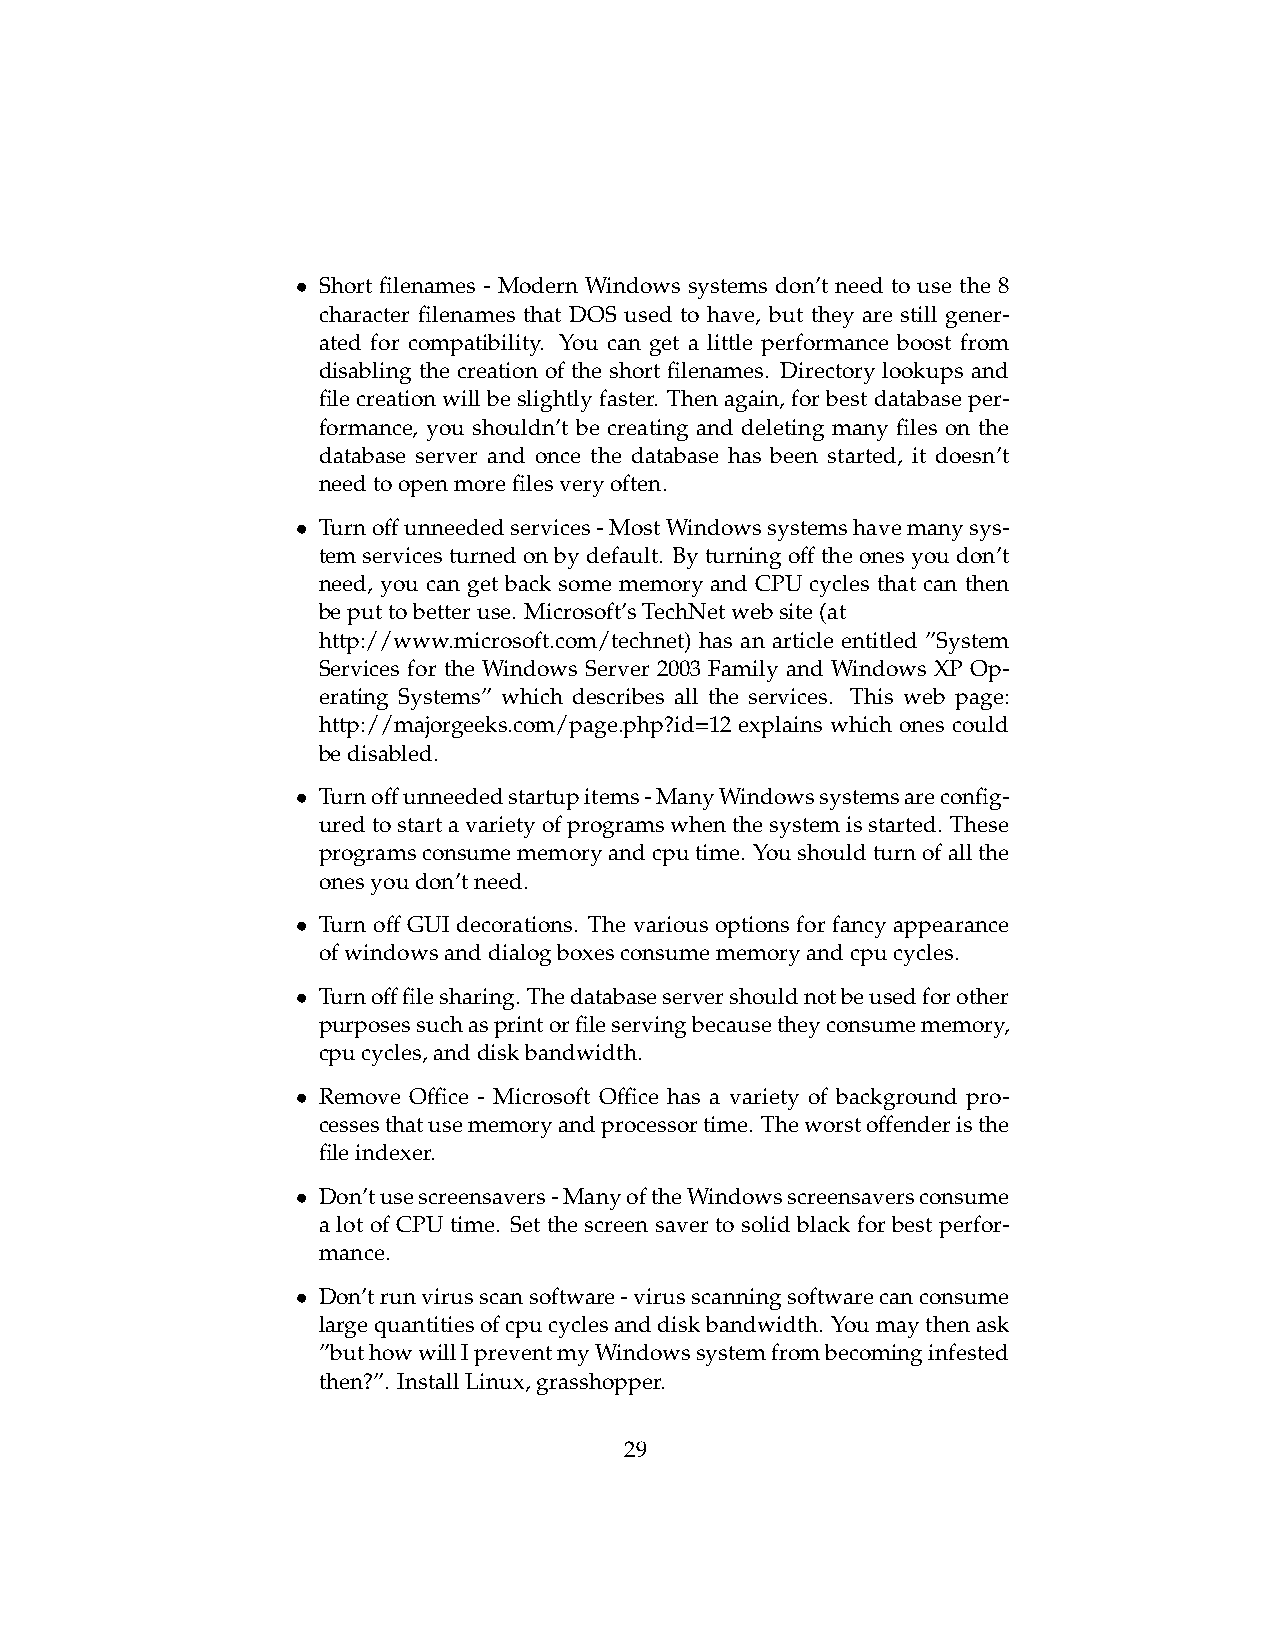
• Short filenames - Modern Windows systems don’t need to use the 8
 character filenames that DOS used to have, but they are still gener-
 ated for compatibility. You can get a little performance boost from
 disabling the creation of the short filenames. Directory lookups and
 filecreationwillbeslightlyfaster. Thenagain, forbestdatabaseper-
 formance, you shouldn’t be creating and deleting many files on the
 database server and once the database has been started, it doesn’t
 needtoopenmorefilesveryoften.
 • Turnoffunneededservices-MostWindowssystemshavemanysys-
 temservices turned onbydefault. Byturning offtheones youdon’t
 need, you can get back some memory and CPU cycles that can then
 beputtobetteruse. Microsoft’sTechNetwebsite(at
 http://www.microsoft.com/technet) has an article entitled ”System
 Services for the Windows Server 2003 Family and Windows XP Op-
 erating Systems” which describes all the services. This web page:
 http://majorgeeks.com/page.php?id=12 explains which ones could
 bedisabled.
 • Turnoffunneededstartupitems-ManyWindowssystemsareconfig-
 uredtostartavarietyofprogramswhenthesystemisstarted. These
 programsconsumememoryandcputime. Youshouldturnofallthe
 onesyoudon’tneed.
 • Turn off GUI decorations. The various options for fancy appearance
 ofwindowsanddialogboxesconsumememoryandcpucycles.
 • Turnofffilesharing. Thedatabaseservershouldnotbeusedforother
 purposessuchasprintorfileservingbecausetheyconsumememory,
 cpucycles,anddiskbandwidth.
 • Remove Office - Microsoft Office has a variety of background pro-
 cessesthatusememoryandprocessortime. Theworstoffenderisthe
 fileindexer.
 • Don’tusescreensavers-ManyoftheWindowsscreensaversconsume
 a lot of CPU time. Set the screen saver to solid black for best perfor-
 mance.
 • Don’trunvirusscansoftware-virusscanningsoftwarecanconsume
 largequantitiesofcpucyclesanddiskbandwidth. Youmaythenask
 ”buthowwillIpreventmyWindowssystemfrombecominginfested
 then?”. InstallLinux,grasshopper.
 29